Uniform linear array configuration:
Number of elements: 8
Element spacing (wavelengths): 0.25
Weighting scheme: uniform
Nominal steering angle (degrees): -60
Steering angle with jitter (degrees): -58.607
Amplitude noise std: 0.05
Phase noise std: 0.05

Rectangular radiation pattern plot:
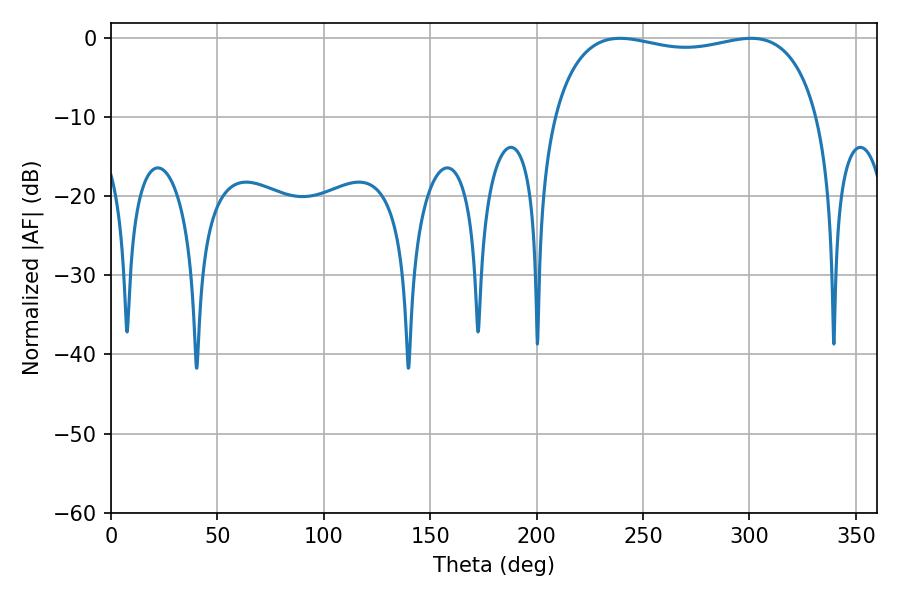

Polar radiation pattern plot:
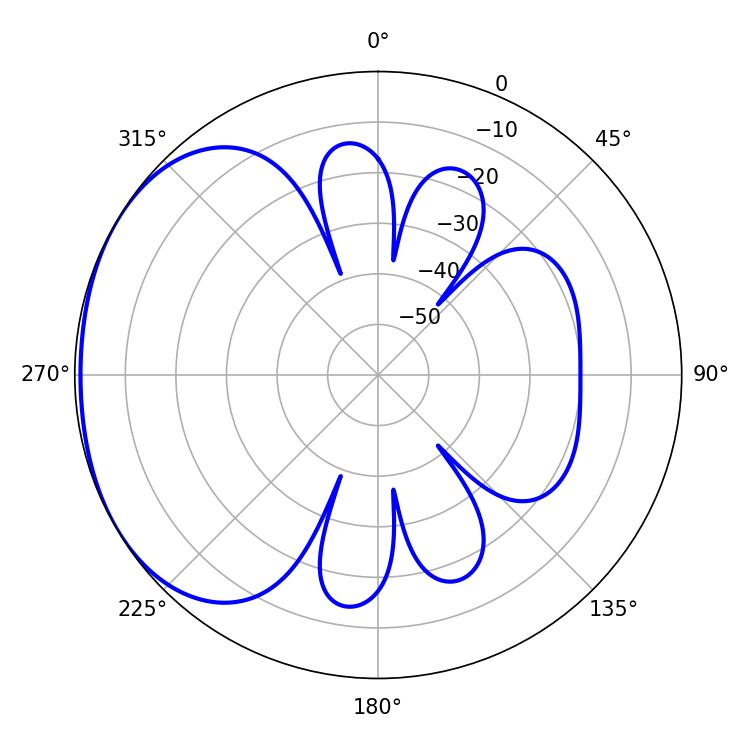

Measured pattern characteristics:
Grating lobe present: FALSE
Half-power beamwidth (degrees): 101.16
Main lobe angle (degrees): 239.22